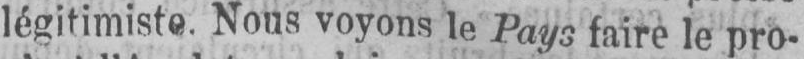
légitimiste. Nous voyons le Pays faire le pro-